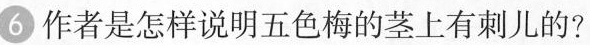
6作者是怎样说明五色梅的茎上有刺儿的?